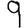
Digit: 9